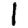
Digit: 1